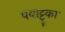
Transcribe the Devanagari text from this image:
पयाट्टूका